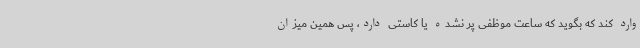
وارد کند که بگوید که ساعت موظفی پر نشده یا کاستی دارد، پس همین میزان